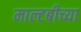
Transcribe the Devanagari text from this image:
माल्टबीच्या